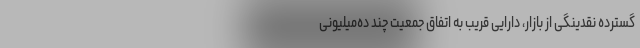
گسترده نقدینگی از بازار، دارایی قریب به‌ اتفاق جمعیت چند ده‌میلیونی